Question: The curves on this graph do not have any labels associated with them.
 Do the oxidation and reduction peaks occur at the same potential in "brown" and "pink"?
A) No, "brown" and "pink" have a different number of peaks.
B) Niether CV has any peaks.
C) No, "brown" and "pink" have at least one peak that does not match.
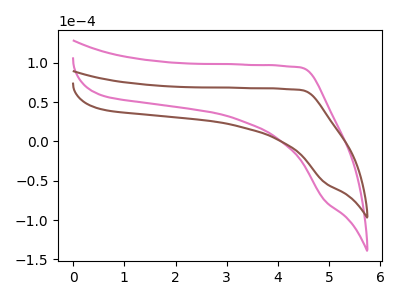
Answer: <think>The pink curve "pink" has no peaks. The brown curve "brown" has no peaks.</think>
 <answer>B) Niether CV has any peaks.</answer>
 <eval>B</eval>